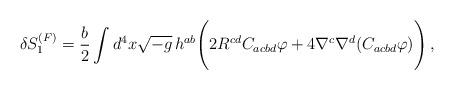
LaTeX: \begin{align*}\delta S_1^{(F)} = \frac{b}{2} \int d^4x \sqrt{-g}\,h^{ab}\Biggl(2R^{cd}C_{acbd}\varphi + 4\nabla^c \nabla^d (C_{acbd}\varphi)\Biggr)\,,\end{align*}